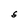
Character: S